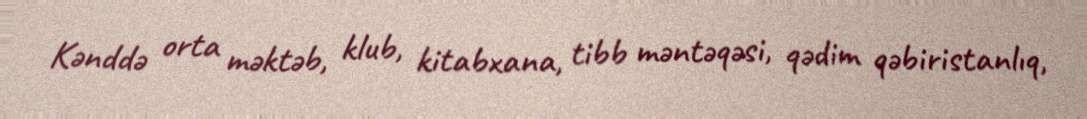
Kənddə orta məktəb, klub, kitabxana, tibb məntəqəsi, qədim qəbiristanlıq,